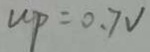
W _ { P } = 0 . 7 V